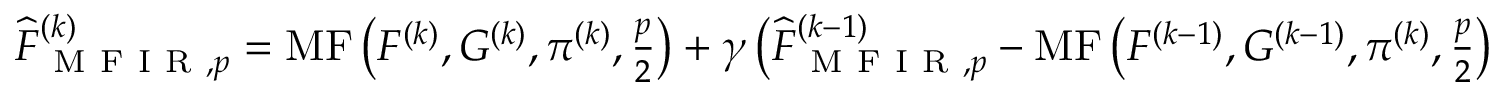
\begin{array} { r } { \widehat { F } _ { \mathrm { ~ M ~ F ~ I ~ R ~ } , p } ^ { ( k ) } = \operatorname { M F } \left( F ^ { ( k ) } , G ^ { ( k ) } , \pi ^ { ( k ) } , \frac { p } { 2 } \right) + \gamma \left( \widehat { F } _ { \mathrm { ~ M ~ F ~ I ~ R ~ } , p } ^ { ( k - 1 ) } - \operatorname { M F } \left( F ^ { ( k - 1 ) } , G ^ { ( k - 1 ) } , \pi ^ { ( k ) } , \frac { p } { 2 } \right) \right) } \end{array}